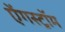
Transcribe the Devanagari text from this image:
ऐंगस्ट्रॉम